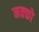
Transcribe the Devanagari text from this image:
नक्को